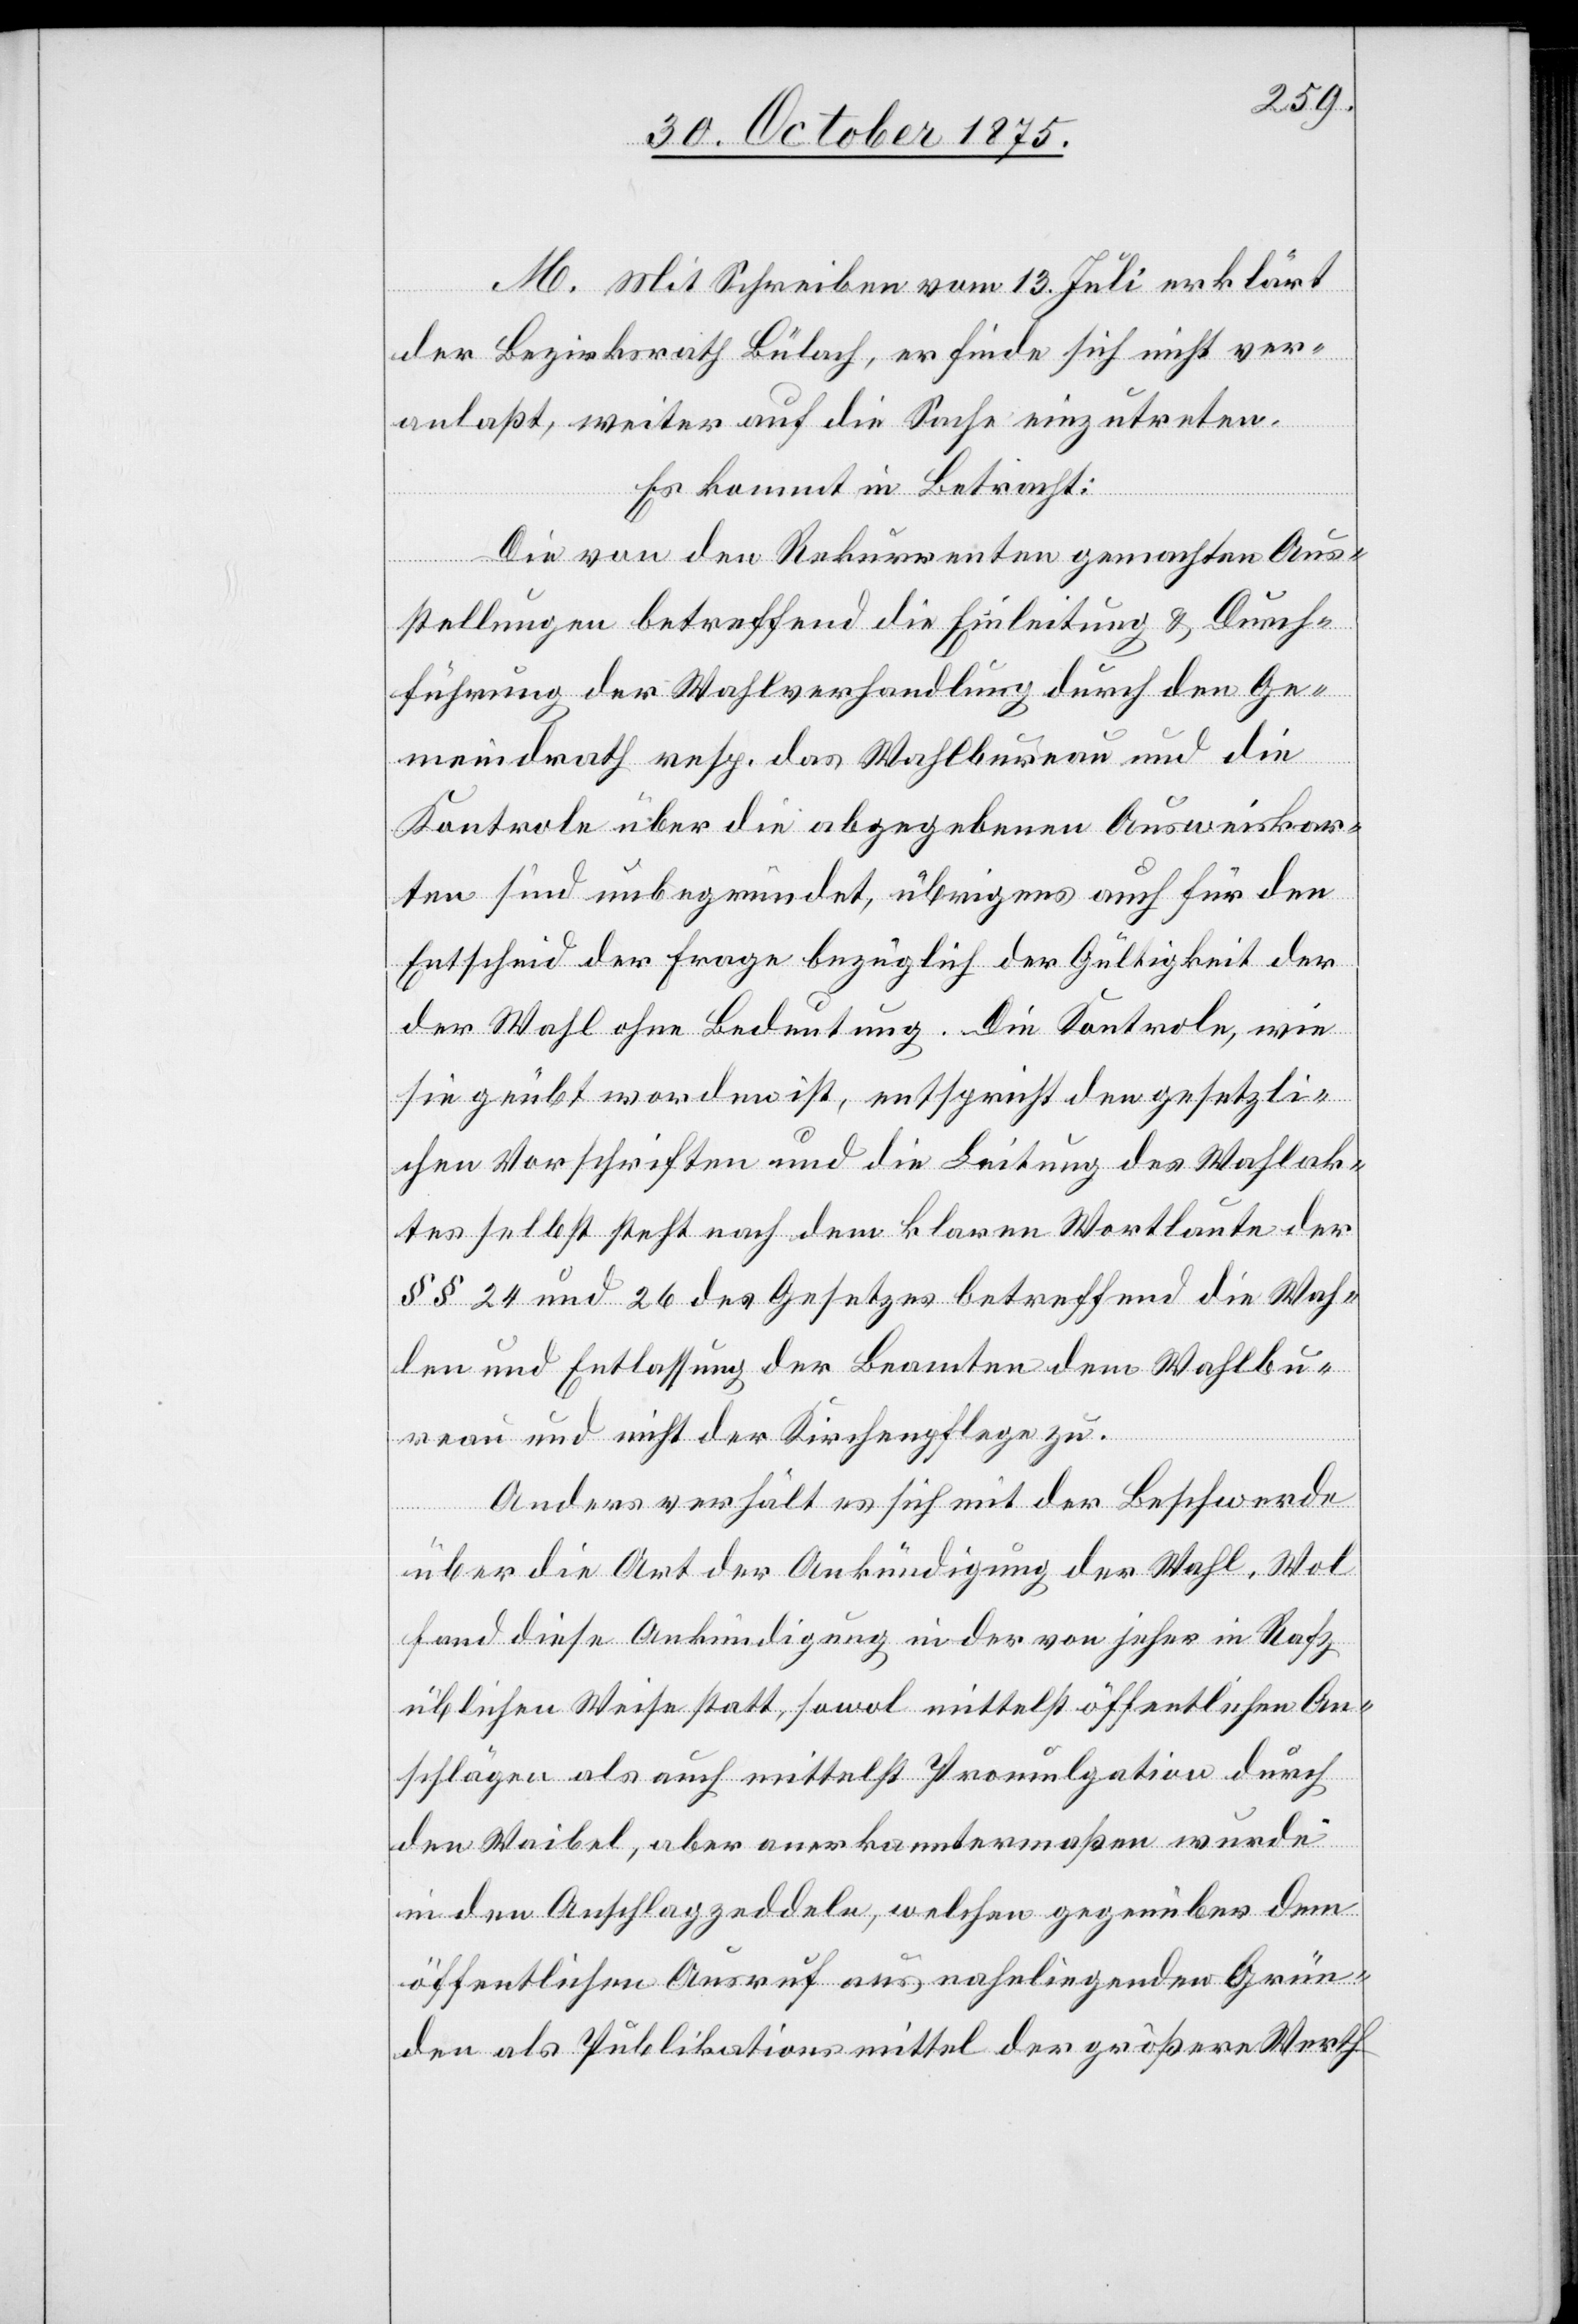
[si¬
M. Mit Schreiben vom 13. Juli erklärt
der Bezirksrath Bülach, er finde sich nicht ver¬
anlaßt, weiter auf die Sache einzutreten.
Es kommt in Betracht:
Die von den Rekurrenten gemachten Aus¬
der
stellungen betreffend die Einleitung & Durch¬
führung der Wahlverhandlung durch den Ge¬
meindrath resp. das Wahlbureau und die
Kontrole über die abgegebenen Ausweiskar¬
ten sind unbegründet, übrigens auch für den
Entscheid der Frage bezüglich der Gültigkeit der
c!] Wahl ohne Bedeutung. Die Kontrole, wie
sie geübt worden ist, entspricht den gesetzli¬
chen Vorschriften und die Leitung des Wahlak¬
tes selbst steht nach dem klaren Wortlaute der
§§ 24 und 26 des Gesetzes betreffend die Wah¬
len und Entlassung der Beamten dem Wahlbu¬
reau und nicht der Kirchenpflege zu.
Anders verhält es sich mit der Beschwerde
über die Art der Ankündigung der Wahl. Wol
fand diese Ankündigung in der von jeher in Rafz
üblichen Weise statt, sowol mittelst öffentlichen An¬
schlägen als auch mittelst Promulgation durch
den Waibel, aber anerkanntermaßen wurde
in den Anschlagzeddeln, welchen gegenüber dem
öffentlichen Ausruf aus naheliegenden Grün¬
den als Publikationsmittel der größere Werth